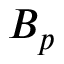
B _ { p }